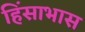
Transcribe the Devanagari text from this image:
हिंसाभास